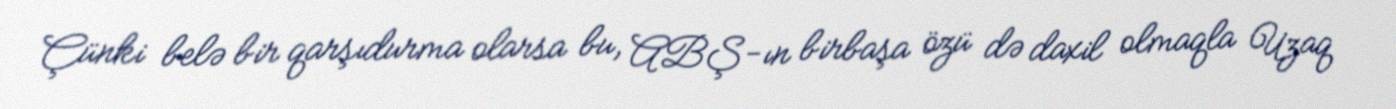
Çünki belə bir qarşıdurma olarsa bu, ABŞ-ın birbaşa özü də daxil olmaqla Uzaq